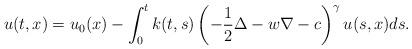
LaTeX: \begin{align*}u(t,x)=u_0(x)-\int_0^t k(t,s) \left(-\frac12\Delta-w\nabla-c\right)^\gamma u(s,x) ds.\end{align*}